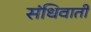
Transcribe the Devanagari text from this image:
संधिवाती